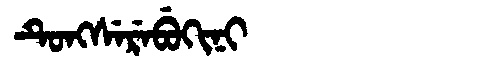
Manchu: ᡨᡠᠩᠰᡝᡵᡝᠪᡠᡴᡳᠨᡳ
Romanization: TUNGSEREBUKINI